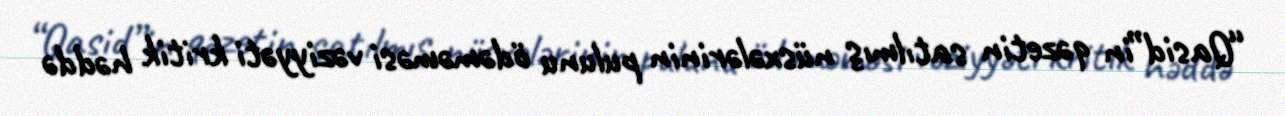
“Qasid”in qəzetin satılmış nüsxələrinin pulunu ödəməməsi vəziyyəti kritik həddə